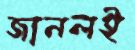
জানলই